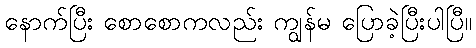
နောက်ပြီး စောစောကလည်း ကျွန်မ ပြောခဲ့ပြီးပါပြီ။